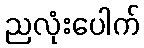
ညလုံးပေါက်